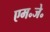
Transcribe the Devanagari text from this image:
एम॰जे॰